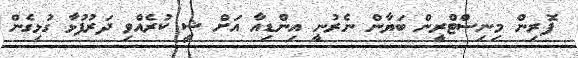
ފޮރިން މިނިސްޓްރީން ބަޔާން ނެރުނީ އިންޑިއާ އަށް ޝީ ކުރެއްވި ދަރުފުޅާ ގުޅިގެން